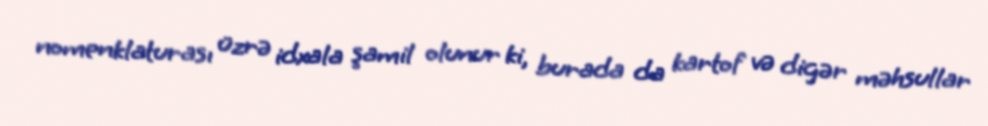
nomenklaturası üzrə idxala şamil olunur ki, burada da kartof və digər məhsullar